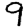
Digit: 9